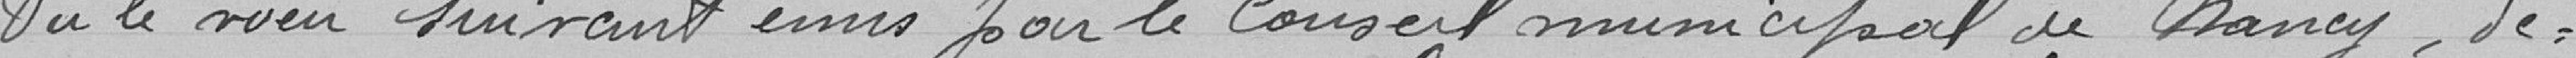
Vu le voeu suivant émis par le conseil municipal de Nancy, de: